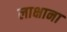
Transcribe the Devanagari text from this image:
लाक्षाना